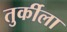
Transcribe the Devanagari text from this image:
तुर्कीला